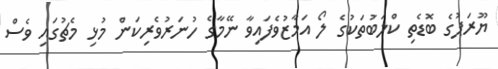
ޔޫރަޕުގެ ބޮޑެތި ކްލަބުތަކުގެ ލޯ އަމާޒުވެފައިވާ ނޭމާގެ ހުނަރުވެރިކަން މުޅި މެޗުގައި ވެސް